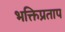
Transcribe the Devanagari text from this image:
भक्तिप्रताप